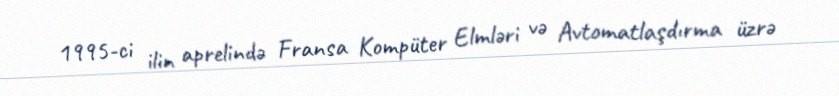
1995-ci ilin aprelində Fransa Kompüter Elmləri və Avtomatlaşdırma üzrə